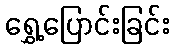
ရွှေ့ပြောင်းခြင်း